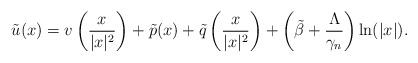
\begin{align*}\tilde{u}(x)=v\left(\frac{x}{|x|^2}\right)+\tilde{p}(x)+\tilde{q}\left(\frac{x}{|x|^2}\right)+\left(\tilde{\beta}+\frac{\Lambda}{\gamma_n}\right)\ln(|x|).\end{align*}